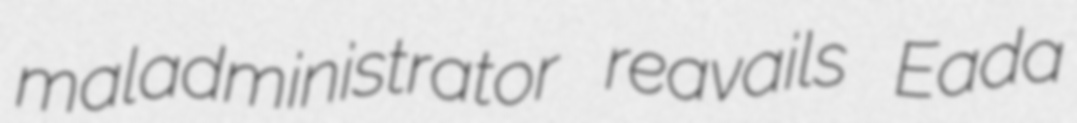
maladministrator reavails Eada